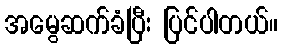
အမွေဆက်ခံပြီး ပြင်ပါတယ်။